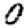
Digit: 0